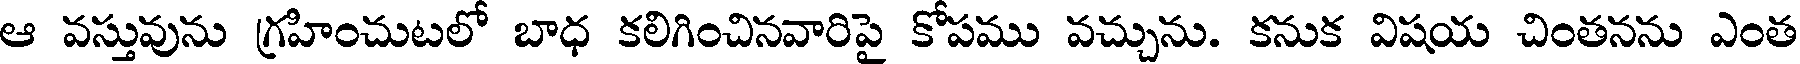
ఆ వస్తువును గ్రహించుటలో బాధ కలిగించినవారిపై కోపము వచ్చును. కనుక విషయ చింతనను ఎంత